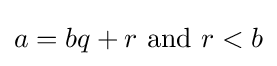
a=bq+r{\text{ and }}r<b